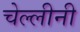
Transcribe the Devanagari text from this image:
चेल्लीनी